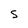
Character: S